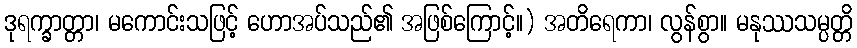
ဒုရက္ခာတ္တာ၊ မကောင်းသဖြင့် ဟောအပ်သည်၏ အဖြစ်ကြောင့်။) အတိရေကာ၊ လွန်စွာ။ မနုဿသမ္ပတ္တိ